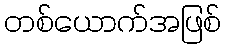
တစ်ယောက်အဖြစ်